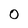
Character: 0